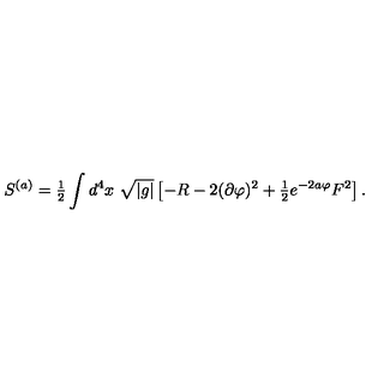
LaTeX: S ^ { ( a ) } = { \textstyle \frac { 1 } { 2 } } \int d ^ { 4 } x \ \sqrt { | g | } \left[ - R - 2 ( \partial \varphi ) ^ { 2 } + { \textstyle \frac { 1 } { 2 } } e ^ { - 2 a \varphi } F ^ { 2 } \right] .